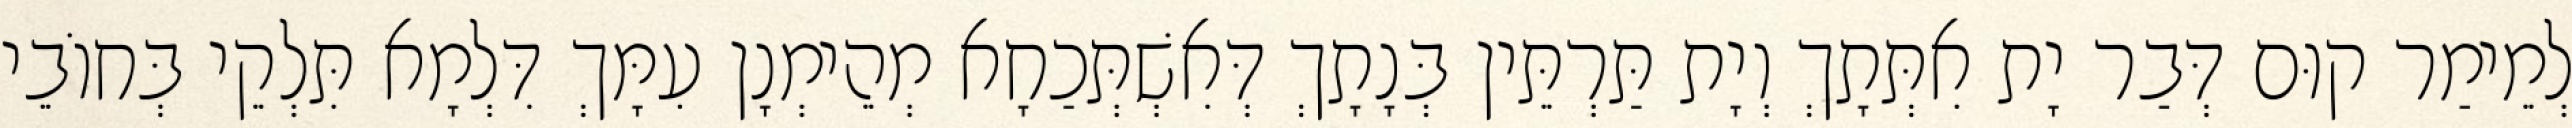
לְמֵימַר קוּם דְּבַר יָת אִתְּתָךְ וְיָת תַּרְתֵּין בְּנָתָךְ דְּאִשְׁתְּכַחָא מְהֵימְנָן עִמָּךְ דִּלְמָא תִּלְקֵי בְּחוֹבֵי